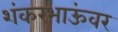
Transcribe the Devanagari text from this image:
शंकरभाऊंवर